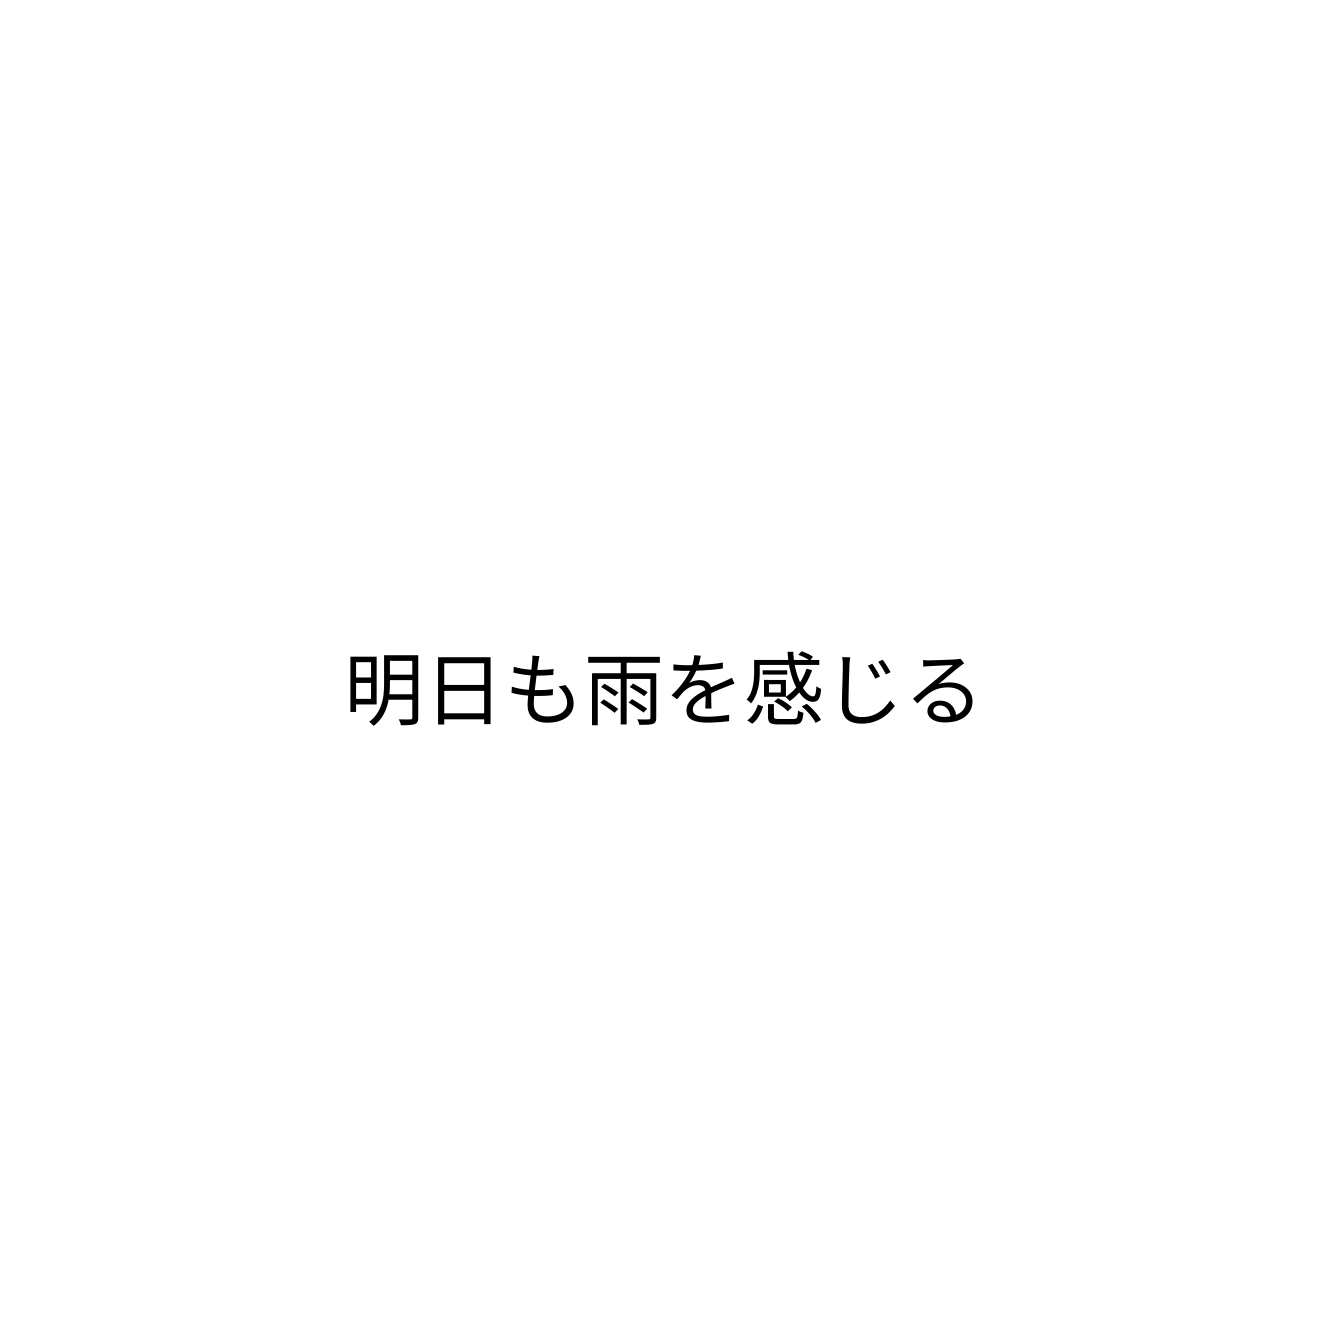
明日も雨を感じる